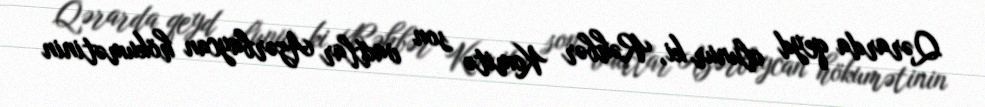
Qərarda qeyd olunur ki, Rəhbər Komitə son vaxtlar Azərbaycan hökumətinin